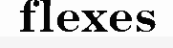
flexes